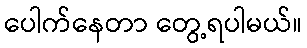
ပေါက်နေတာ တွေ့ရပါမယ်။